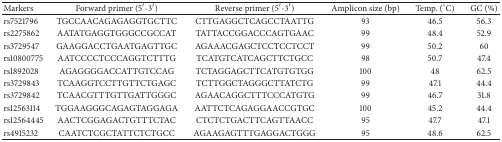
| Markers | Forward primer (5′-3′) | Reverse primer (5′-3′) | Amplicon size (bp) | Temp. (°C) | GC (%) |
 | --- | --- | --- | --- | --- | --- |
 | rs7521796 | TGCCAACAGAGAGGTGCTTC | CTTGAGGCTCAGCCTAATTG | 93 | 46.5 | 56.3 |
 | rs2275862 | AATATGAGGTGGGCCGCCAT | TATTACCGGACCCAGTGAAC | 99 | 48.4 | 52.9 |
 | rs3729547 | GAAGGACCTGAATGAGTTGC | AGAAACGAGCTCCTCCTCCT | 99 | 50.2 | 60 |
 | rs10800775 | AATCCCCTCCCAGGTCTTTG | TCATGTCATCAGCTTCTGCC | 98 | 50.7 | 47.4 |
 | rs1892028 | AGAGGGGACCATTGTCCAG | TCTAGGAGCTTCATGTGTGG | 100 | 48 | 62.5 |
 | rs3729843 | TCAAGGTCCTTGTTCTGAGC | TCTTGGCTAGGGCTTATCTG | 99 | 47.1 | 44.4 |
 | rs3729842 | TCAACGTTTGTTGATTGGGC | AGAACAGGCTTTCCCATGTG | 99 | 46.7 | 31.8 |
 | rs12563114 | TGGAAGGGCAGAGTAGGAGA | AATTCTCAGAGGAACCGTGC | 100 | 45.2 | 44.4 |
 | rs12564445 | AACTCGGAGACTGTTTCTAC | CTCTCTGACTTCAGTTAACC | 95 | 47.7 | 47.1 |
 | rs4915232 | CAATCTCGCTATTCTCTGCC | AGAAGAGTTTGAGGACTGGG | 95 | 48.6 | 62.5 |